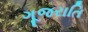
ગૂજરાતિ